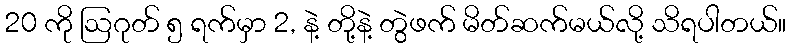
20 ကို ဩဂုတ် ၅ ရက်မှာ 2, နဲ့ တို့နဲ့ တွဲဖက် မိတ်ဆက်မယ်လို့ သိရပါတယ်။